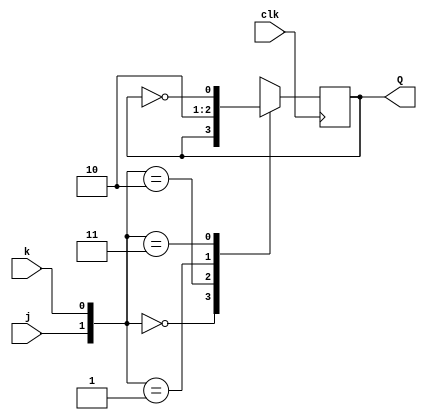
module top_module (
    input clk,
    input j,
    input k,
    output Q); 
    
    wire[1:0] con;
    assign con = {j,k};
    always@(posedge clk) begin
        case(con)
            2'b00: Q<=Q;
            2'b10: Q<=1'b1;
            2'b01: Q<=1'b0;
            2'b11: Q<=~Q;
        endcase
    end
endmodule